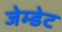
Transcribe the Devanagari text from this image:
जेम्डेट